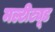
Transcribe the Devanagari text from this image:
मल्टीट्यूड